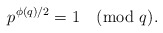
\begin{align*}p^{\phi(q)/2}=1 \pmod {q}.\end{align*}